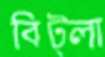
বিট্লা